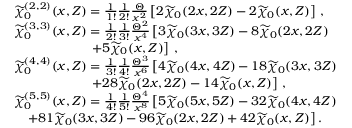
\begin{array} { r l } & { \widetilde { \chi } _ { 0 } ^ { ( 2 , 2 ) } ( \boldsymbol { x } , Z ) = \frac { 1 } { 1 ! } \frac { 1 } { 2 ! } \frac { \Theta } { x ^ { 2 } } \left[ 2 \widetilde { \chi } _ { 0 } ( 2 \boldsymbol { x } , 2 Z ) - 2 \widetilde { \chi } _ { 0 } ( \boldsymbol { x } , Z ) \right] \, , } \\ & { \widetilde { \chi } _ { 0 } ^ { ( 3 , 3 ) } ( \boldsymbol { x } , Z ) = \frac { 1 } { 2 ! } \frac { 1 } { 3 ! } \frac { \Theta ^ { 2 } } { x ^ { 4 } } \left[ 3 \widetilde { \chi } _ { 0 } ( 3 \boldsymbol { x } , 3 Z ) - 8 \widetilde { \chi } _ { 0 } ( 2 \boldsymbol { x } , 2 Z ) \right. } \\ & { \quad \quad \quad \quad \quad \quad \left. + 5 \widetilde { \chi } _ { 0 } ( \boldsymbol { x } , Z ) \right] \, , } \\ & { \widetilde { \chi } _ { 0 } ^ { ( 4 , 4 ) } ( \boldsymbol { x } , Z ) = \frac { 1 } { 3 ! } \frac { 1 } { 4 ! } \frac { \Theta ^ { 3 } } { x ^ { 6 } } \left[ 4 \widetilde { \chi } _ { 0 } ( 4 \boldsymbol { x } , 4 Z ) - 1 8 \widetilde { \chi } _ { 0 } ( 3 \boldsymbol { x } , 3 Z ) \right. } \\ & { \quad \quad \quad \quad \quad \quad \left. + 2 8 \widetilde { \chi } _ { 0 } ( 2 \boldsymbol { x } , 2 Z ) - 1 4 \widetilde { \chi } _ { 0 } ( \boldsymbol { x } , Z ) \right] \, , } \\ & { \widetilde { \chi } _ { 0 } ^ { ( 5 , 5 ) } ( \boldsymbol { x } , Z ) = \frac { 1 } { 4 ! } \frac { 1 } { 5 ! } \frac { \Theta ^ { 4 } } { x ^ { 8 } } \left[ 5 \widetilde { \chi } _ { 0 } ( 5 \boldsymbol { x } , 5 Z ) - 3 2 \widetilde { \chi } _ { 0 } ( 4 \boldsymbol { x } , 4 Z ) \right. } \\ & { \quad \left. + 8 1 \widetilde { \chi } _ { 0 } ( 3 \boldsymbol { x } , 3 Z ) - 9 6 \widetilde { \chi } _ { 0 } ( 2 \boldsymbol { x } , 2 Z ) + 4 2 \widetilde { \chi } _ { 0 } ( \boldsymbol { x } , Z ) \right] . } \end{array}